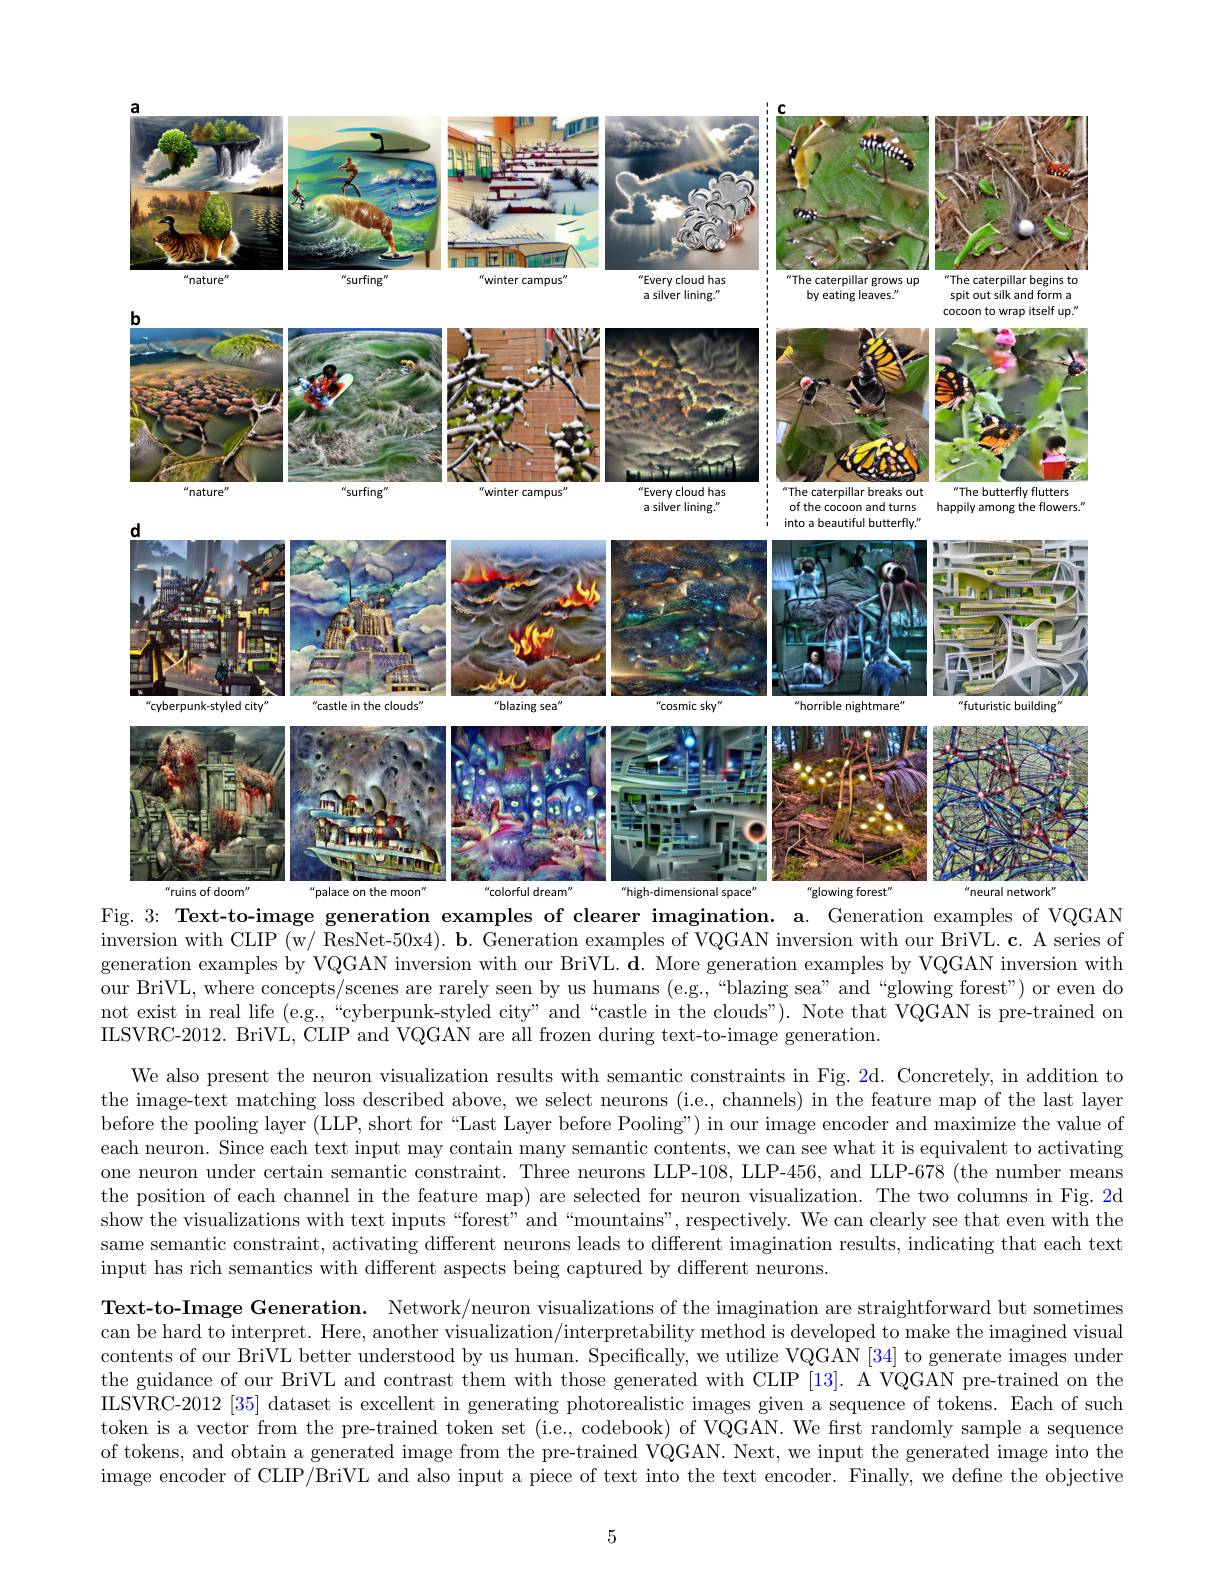
<FigureHere>
Fig. 3: Text-to-image generation examples of clearer imagination. a. Generation examples of VQGAN

inversion with CLIP (w/ ResNet-50x4). b. Generation examples of VQGAN inversion with our BriVL. c. A series of generation examples by VQGAN inversion with our BriVL. $\mathbf{d}.$ More generation examples by VQGAN inversion with our BriVL, where concepts/scenes are rarely seen by us humans (e.g.,“blazing sea" and“glowing forest”) or even do not exist in real life (e.g,“cyberpunk-styled city" and“castle in the clouds”). Note that VQGAN is pre-trained on ILSVRC-2012. BriVL, CLIP and VQGAN are all frozen during text-to-image generation.
We also present the neuron visualization results with semantic constraints in Fig. 2d. Concretely, in addition to the image-text matching loss described above, we select neurons (i.e., channels) in the feature map of the last layer before the pooling layer (LLP, short for“Last Layer before Pooling") in our image encoder and maximize the value of each neuron. Since each text input may contain many semantic contents, we can see what it is equivalent to activating one neuron under certain semantic constraint. Three neurons LLP-108, LLP-456, and LLP-678 (the number means the position of each channel in the feature map) are selected for neuron visualization. The two columns in Fig. 2d show the visualizations with text inputs “forest” and “mountains”, respectively. We can clearly see that even with the same semantic constraint, activating different neurons leads to different imagination results, indicating that each text input has rich semantics with different aspects being captured by different neurons.

Text-to-Image Generation. Network/neuron visualizations of the imagination are straightforward but sometimes can be hard to interpret. Here, another visualization/interpretability method is developed to make the imagined visual contents of our BriVL better understood by us human. Specifically, we utilize VQGAN [34] to generate images under the guidance of our BriVL and contrast them with those generated with CLIP [13]. A VQGAN pre-trained on the IILSVRC-2012 [35] dataset is excellent in generating photorealistic images given a sequence of tokens. Each of such token is a vector from the pre-trained token set (i.e., codebook) of VQGAN. We first randomly sample a sequence of tokens, and obtain a generated image from the pre-trained VQGAN. Next, we input the generated image into the image encoder of CLIP/BriVL and also input a piece of text into the text encoder. Finally, we define the objective

5